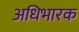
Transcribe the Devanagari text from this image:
अधिभारक